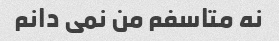
نه متاسفم من نمی دانم